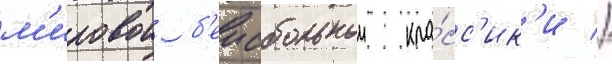
м'ировои б'еисбольнои кла́сс'ик'и //